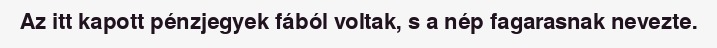
Az itt kapott pénzjegyek fából voltak, s a nép fagarasnak nevezte.